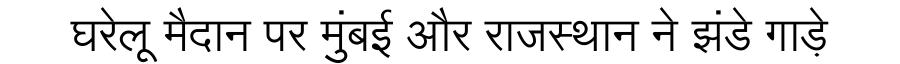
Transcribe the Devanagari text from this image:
घरेलू मैदान पर मुंबई और राजस्थान ने झंडे गाड़े